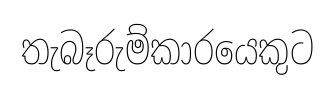
තැබෑරුම්කාරයෙකුට